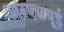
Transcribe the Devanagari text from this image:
आरएसयूई